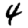
Digit: 4